Vaccination in Bombay 1924-1928 - 1924-1928
Year: 1924
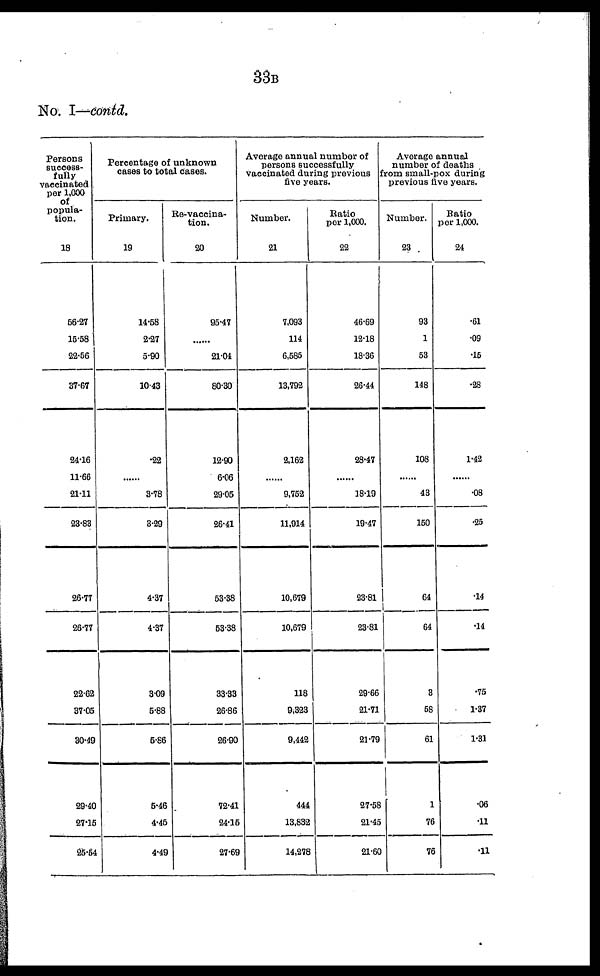
33B
No. I—contd.
Persons
success-
fully
vaccinated
per 1,000
of
popula-
tion.
18
56.27
15.58
22.56
37.67
24.16
11.66
21.11
23.83
26.77
26.77
22.62
37.05
30.49
29.10
27.15
25.54
Percentage of unknown
cases to total cases.
Primary.
19
14.58
2.27
5.90
10.43
.22
......
3.78
3.29
4.37
4.37
3.09
5.88
5.66
5.46
4.45
4.49
Re-vaccina¬
tion.
20
95.47
......
21.04
80.30
12.90
6.06
29.05
26.41
53.38
53.38
33.33
26.86
26.90
72.41
24.16
27.69
Average annual number of
persons successfully
vaccinated during previous
five years.
Number.
21
7,093
114
6,685
13,792
2,162
......
9,752
11,914
10,679
10,679
118
9,323
9,442
444
13,832
14,278
Ratio
per 1,000.
22
46.69
12.18
18.36
26.44
28.47
......
18.19
19.47
23.81
23.81
29.66
21.71
21.79
27.58
21.45
21.60
Average annual
number of deaths
from small-pox during
previous five years.
Number.
23
93
1
53
148
108
......
43
150
64
64
3
58
61
1
76
76
Ratio
per 1,000.
24
.61
.09
.15
.28
1.42
......
.08
.25
.14
.14
.75
1.37
1.31
.06
.11
.11